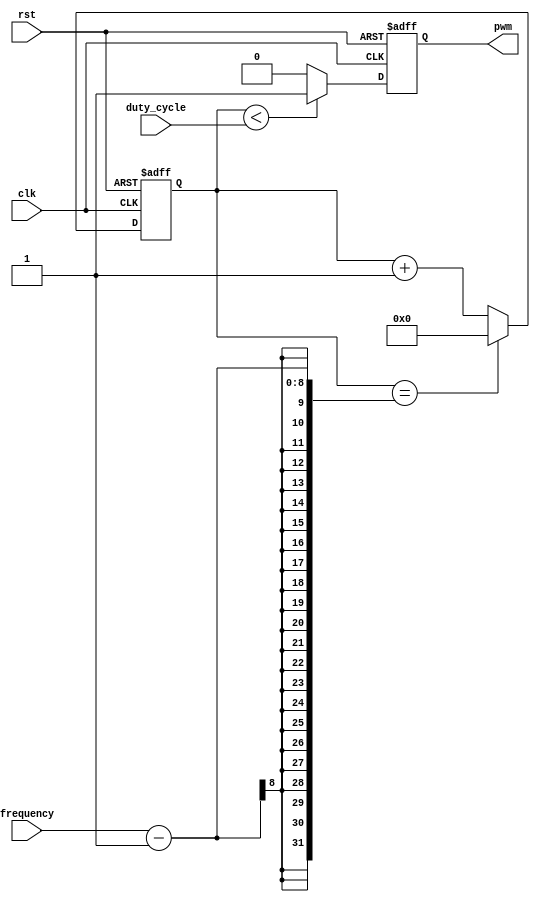
module PWM_generator (
    input wire clk,
    input wire rst,
    input wire [7:0] duty_cycle,
    input wire [7:0] frequency,
    output reg pwm
);

reg [7:0] counter = 0;

always @(posedge clk or posedge rst)
begin
    if (rst)
    begin
        pwm <= 0;
        counter <= 0;
    end
    else
    begin
        if (counter < duty_cycle)
            pwm <= 1;
        else
            pwm <= 0;
        
        if (counter == frequency - 1)
            counter <= 0;
        else
            counter <= counter + 1;
    end
end

endmodule